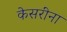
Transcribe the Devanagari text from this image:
केसरींना